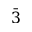
\bar { 3 }